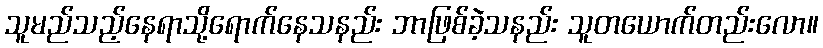
သူမည်သည့်နေရာသို့ရောက်နေသနည်း ဘာဖြစ်ခဲ့သနည်း သူတယောက်တည်းလော။